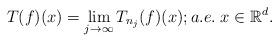
LaTeX: \begin{align*} T(f)(x)=\lim_{j\rightarrow\infty} T_{n_j}(f)(x); a.e.\; x\in \mathbb{R}^d . \end{align*}